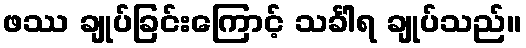
ဖဿ ချုပ်ခြင်းကြောင့် သင်္ခါရ ချုပ်သည်။